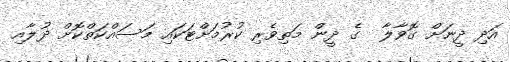
އަދި ދީނަށް ގޮވާލާ  ގެ ދީން މަތިވެރި ކުރުމަށްޓަކައި މަސައްކަތްކޮށް ދުލާއި